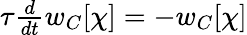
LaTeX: \begin{array}{r}{\tau{\frac{d}{dt}}w_{C}[\chi]=-w_{C}[\chi]}\end{array}